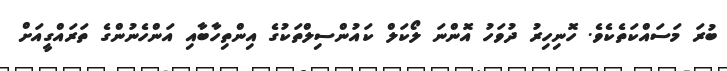
ބުރަ މަސައްކަތެކެވެ. ހޮނިހިރު ދުވަހު އޮންނަ ލޯކަލް ކައުންސިލްތަކުގެ އިންތިހާބާއި އަންހެނުންްގެ ތަރައްގީއަށް